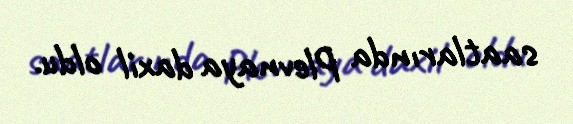
saatlarında Plevnaya daxil oldu.